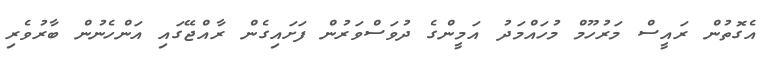
އެގޮތުން ރައީސް މަރުހޫމް މުހައްމަދު އަމީންގެ ދުވަސްވަރުން ފަށައިގެން ރާއްޖޭގައި އަންހެނުން ބާރުވެރި